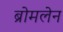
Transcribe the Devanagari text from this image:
ब्रोमलेन